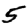
Digit: 5